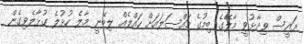
ރައީސް ވިދާޅުވީ މާލޭގެ ބިމުގެ މައްސަލައަށް ހައްލެއް ލިބޭނީ މާލެ ހުޅުލެ ގުޅާލެވިގެން